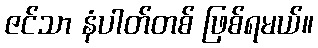
ဇင်သာ နံပါတ်တစ် ဖြစ်ရမယ်။